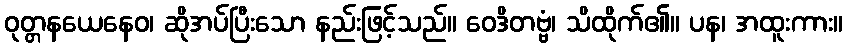
ဝုတ္တနယေနေဝ၊ ဆိုအပ်ပြီးသော နည်းဖြင့်သည်။ ဝေဒိတဗ္ဗံ၊ သိထိုက်၏။ ပန၊ အထူးကား။